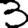
Digit: 3